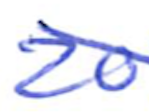
Text: 20
Cross-out: diagonal
Writing tool: ballpoint